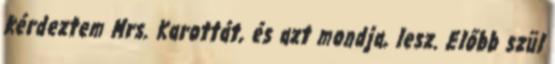
kérdeztem Mrs. Karottát, és azt mondja, lesz. Előbb szül